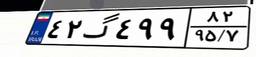
۲۱گ۶۳۴۲۹